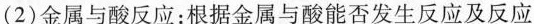
(2)金属与酸反应：根据金属与酸能否发生反应及反应